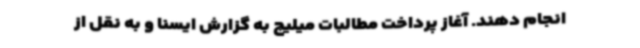
انجام ‌دهند. آغاز پرداخت مطالبات میلیچ به گزارش ایسنا و به نقل از